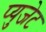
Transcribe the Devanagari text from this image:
प्युजेट